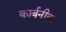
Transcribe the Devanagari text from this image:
कार्बनीक